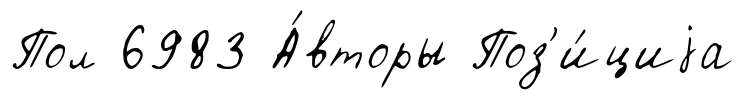
Пол 6983 А́вторы Поз'и́циjа